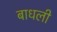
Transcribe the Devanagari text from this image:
बाधली